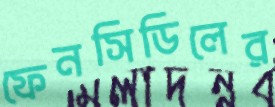
ফেনসিডিলের